Civil Veterinary Department Bengal reports 1933-51 - 1933-1951
Year: 1933
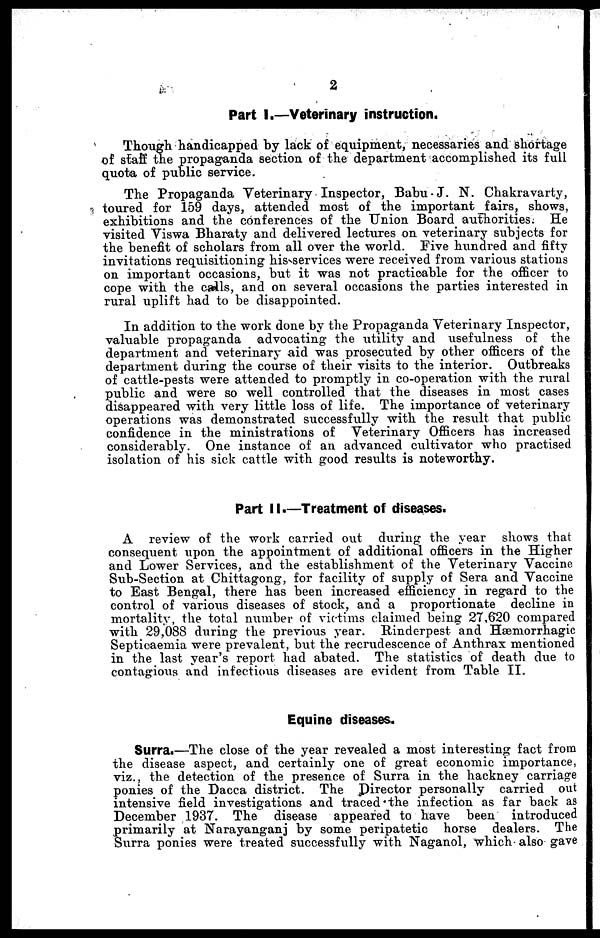
2
Part I.—Veterinary instruction.
Though handicapped by lack of equipment, necessaries and shortage
of staff the propaganda section of the department accomplished its full
quota of public service.
The Propaganda Veterinary Inspector, Babu.J. N. Chakravarty,
toured for 159 days, attended most of the important fairs, shows,
exhibitions and the conferences of the Union Board authorities. He
visited Viswa Bharaty and delivered lectures on veterinary subjects for
the benefit of scholars from all over the world. Five hundred and fifty
invitations requisitioning his services were received from various stations
on important occasions, but it was not practicable for the officer to
cope with the calls, and on several occasions the parties interested in
rural uplift had to be disappointed.
In addition to the work done by the Propaganda Veterinary Inspector,
valuable propaganda advocating the utility and usefulness of the
department and veterinary aid was prosecuted by other officers of the
department during the course of their visits to the interior. Outbreaks
of cattle-pests were attended to promptly in co-operation with the rural
public and were so well controlled that the diseases in most cases
disappeared with very little loss of life. The importance of veterinary
operations was demonstrated successfully with the result that public
confidence in the ministrations of Veterinary Officers has increased
considerably. One instance of an advanced cultivator who practised
isolation of his sick cattle with good results is noteworthy.
Part II.—Treatment of diseases.
A review of the work carried out during the year shows that
consequent upon the appointment of additional officers in the Higher
and Lower Services, and the establishment of the Veterinary Vaccine
Sub-Section at Chittagong, for facility of supply of Sera and Vaccine
to East Bengal, there has been increased efficiency in regard to the
control of various diseases of stock, and a proportionate decline in
mortality, the total number of victims claimed being 27,620 compared
with 29,088 during the previous year. Rinderpest and Hæmorrhagic
Septicaemia were prevalent, but the recrudescence of Anthrax mentioned
in the last year's report had abated. The statistics of death clue to
contagious and infectious diseases are evident from Table II.
Equine diseases.
Surra.—The close of the year revealed a most interesting fact from
the disease aspect, and certainly one of great economic importance,
viz., the detection of the presence of Surra in the hackney carriage
ponies of the Dacca district. The Director personally carried out
intensive field investigations and traced the infection as far back as
December 1937. The disease appeared to have been introduced
primarily at Narayanganj by some peripatetic horse dealers. The
Surra ponies were treated successfully with Naganol, which also gave